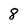
Character: 8